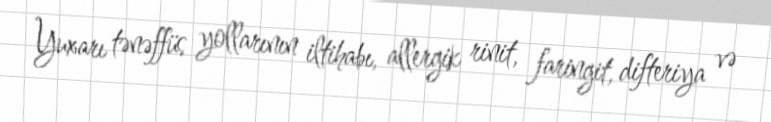
Yuxarı tənəffüs yollarının iltihabı, allergik rinit, faringit, difteriya və